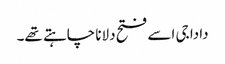
دادا جی اسے فتح دلانا چاہتے تھے۔